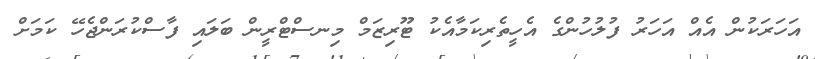
އަހަރަކުން އެއް އަހަރު ފުލުހުންގެ އެހީތެރިކަމާއެކު ޓޫރިޒަމް މިނސްޓްރީން ބަލައި ފާސްކުރަންޖެހޭ ކަމަށް